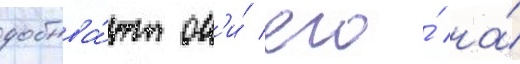
добыва́ют он'и́ его́ на́